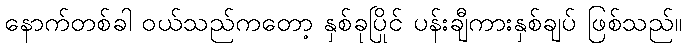
နောက်တစ်ခါ ဝယ်သည်ကတော့ နှစ်ခုပြိုင် ပန်းချီကားနှစ်ချပ် ဖြစ်သည်။